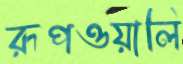
রূপওয়ালি